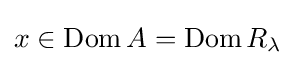
x\in \operatorname {Dom} A=\operatorname {Dom} R_{\lambda }